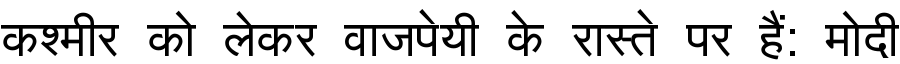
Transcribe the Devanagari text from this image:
कश्मीर को लेकर वाजपेयी के रास्ते पर हैं: मोदी